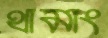
থামাং